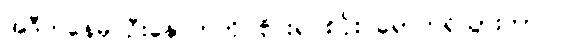
အဲဒီကနေမှ ဦးနှောက်ကို ဗိုင်းရပ်စ်ပိုး ရောက်ရှိသွားတာပါ။